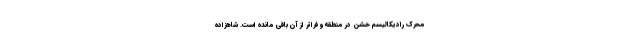
محرک رادیکالیسم خشن در منطقه و فراتر از آن باقی مانده است. شاهزاده